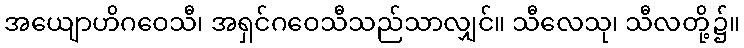
အယျောဟိဂဝေသီ၊ အရှင်ဂဝေသီသည်သာလျှင်။ သီလေသု၊ သီလတို့၌။